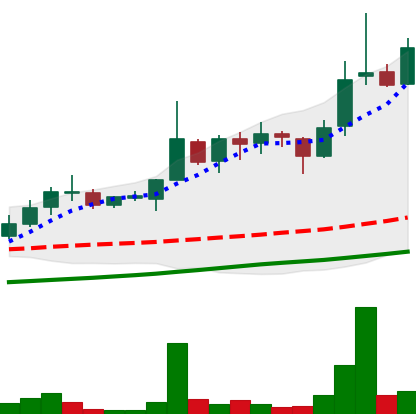
Ticker: LINK-USD
Chart end date: 2018-11-03
Forward return: -8.297%
Label: down_7plus